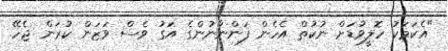
"އެކަމަކު ހޮލީވުޑަށް ނުކުތް އެހެން ފަންނާނުންގެ އަގު ވެސް ވަޒަން ކުރަން ޖެހޭ.